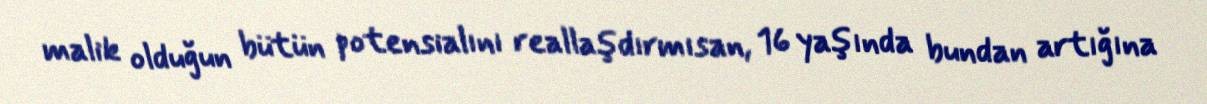
malik olduğun bütün potensialını reallaşdırmısan, 16 yaşında bundan artığına